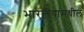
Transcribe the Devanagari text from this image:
भारतीयांमधील